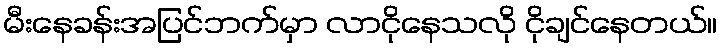
မီးနေခန်းအပြင်ဘက်မှာ လာငိုနေသလို ငိုချင်နေတယ်။